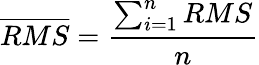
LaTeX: \overline{{RMS}}=\frac{\sum_{i=1}^{n}{RMS}}{n}